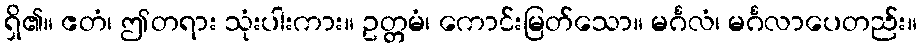
ရှိ၏။ ဧတံ၊ ဤတရား သုံးပါးကား။ ဥတ္တမံ၊ ကောင်းမြတ်သော။ မင်္ဂလံ၊ မင်္ဂလာပေတည်း။